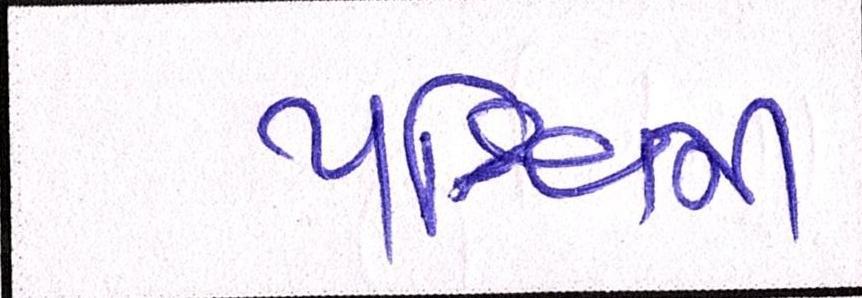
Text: પશ્ચિમી